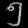
Digit: ၅